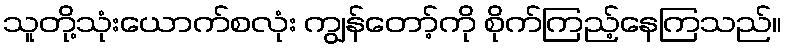
သူတို့သုံးယောက်စလုံး ကျွန်တော့်ကို စိုက်ကြည့်နေကြသည်။